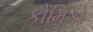
કોમિકો